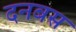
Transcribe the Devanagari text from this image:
दनबस